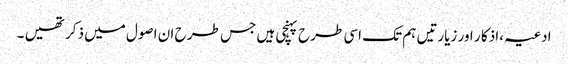
ادعیہ ،اذکا ر اور زیارتیں ہم تک اسی طرح پہنچی ہیں جس طر ح ان اصول میں ذکر تھیں ۔